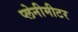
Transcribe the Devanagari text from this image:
प्लेनीमीटर